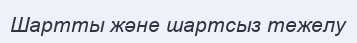
Шартты және шартсыз тежелу